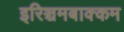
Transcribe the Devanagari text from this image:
इरिञ्चमबाक्कम